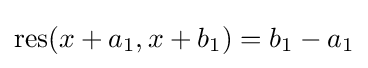
\operatorname {res} (x+a_{1},x+b_{1})=b_{1}-a_{1}